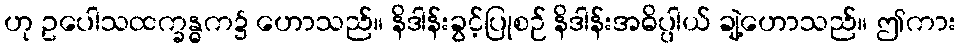
ဟု ဥပေါသထက္ခန္ဓက၌ ဟောသည်။ နိဒါန်းခွင့်ပြုစဉ် နိဒါန်းအဓိပ္ပါယ် ချဲ့ဟောသည်။ ဤကား